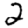
Digit: 2